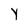
Character: y